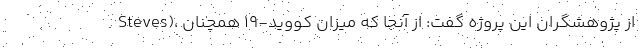
Steves)، از پژوهشگران این پروژه گفت: از آنجا که میزان کووید-۱۹ همچنان